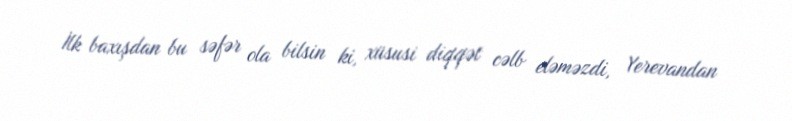
İlk baxışdan bu səfər ola bilsin ki, xüsusi diqqət cəlb eləməzdi, Yerevandan